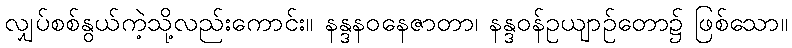
လျှပ်စစ်နွယ်ကဲ့သို့လည်းကောင်း။ နန္ဒနဝနေဇာတာ၊ နန္ဒဝန်ဥယျာဉ်တော၌ ဖြစ်သော။